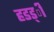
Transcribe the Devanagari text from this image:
हडड्ी